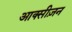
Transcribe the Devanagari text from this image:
आक्सीज़न